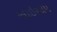
સાઇસૉપ